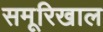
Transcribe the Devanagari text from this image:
समूरिखाल